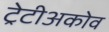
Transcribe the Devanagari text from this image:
ट्रेटीअकोव